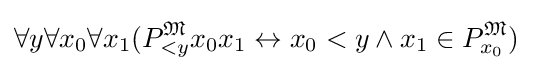
\forall y\forall x_{0}\forall x_{1}(P_{<y}^{\mathfrak {M}}x_{0}x_{1}\leftrightarrow x_{0}<y\land x_{1}\in P_{x_{0}}^{\mathfrak {M}})